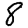
Digit: 8